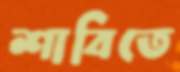
শাবিতে